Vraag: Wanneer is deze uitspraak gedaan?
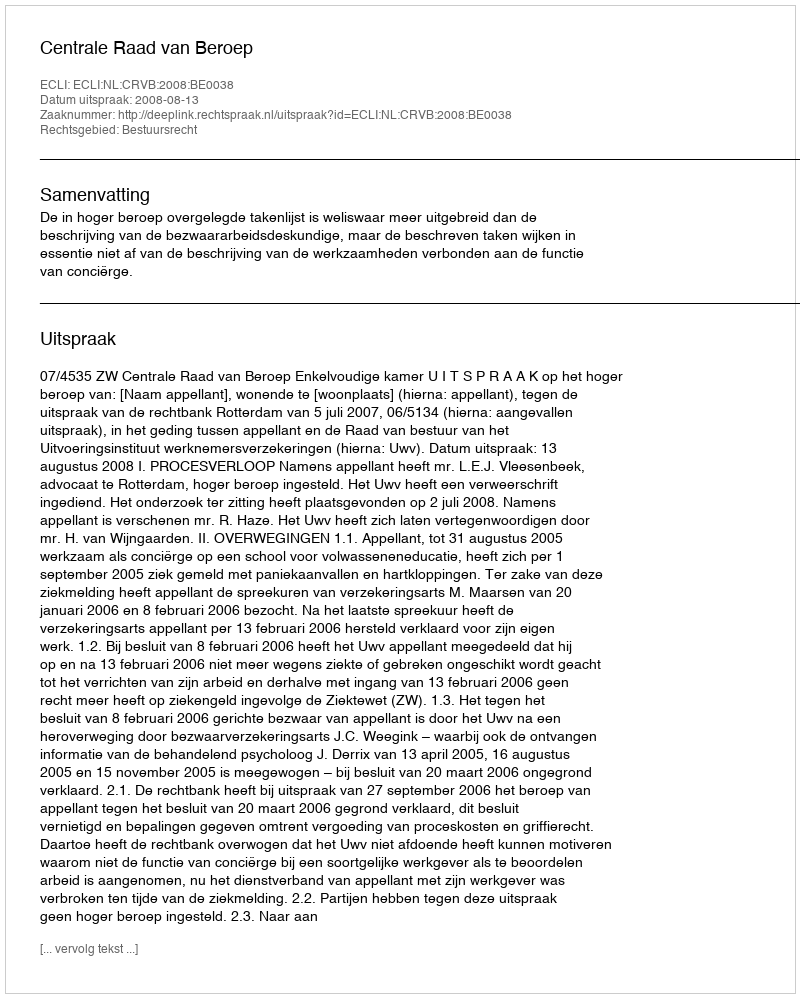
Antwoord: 2008-08-13